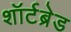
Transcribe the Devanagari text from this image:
शॉर्टब्रेड